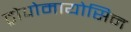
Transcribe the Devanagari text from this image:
ट्रोपोमायोसिन